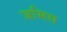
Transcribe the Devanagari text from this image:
जमिस